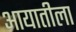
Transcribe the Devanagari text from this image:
आयातीला